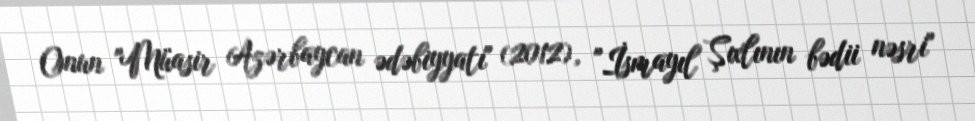
Onun "Müasir Azərbaycan ədəbiyyatı" (2012), "İsmayıl Şıxlının bədii nəsri"